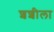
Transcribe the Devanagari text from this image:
शशीला